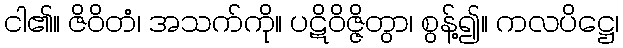
ငါ၏။ ဇိဝိတံ၊ အသက်ကို။ ပဋိဝိဇ္ဇိတွာ၊ စွန့်၍။ ကလပိဋ္ဌေ၊